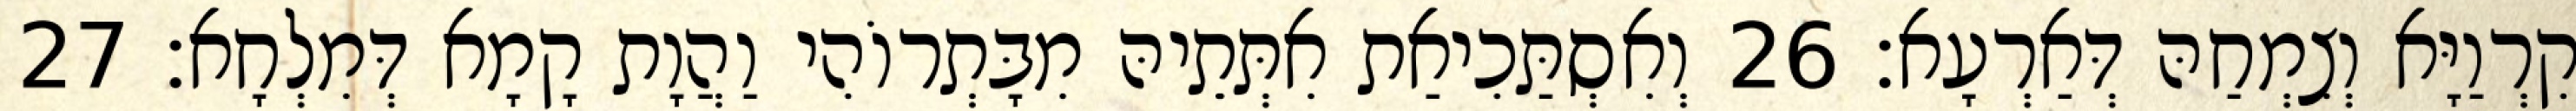
קִרְוַיָּא וְצִמְחַהּ דְּאַרְעָא׃ 26 וְאִסְתַּכִיאַת אִתְּתֵיהּ מִבָּתְרוֹהִי וַהֲוָת קָמָא דְּמִלְחָא׃ 27